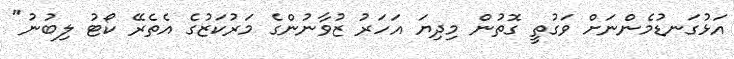
އަޅުގަނޑުމެންނަށް ވަގުތީ ގޮތުން މިދިޔަ އަހަރު ޒުވާނުންގެ މަރުކަޒުގެ އެތެރޭ ކޯޓު ލިބުނު"